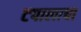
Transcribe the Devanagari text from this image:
टपालाचा